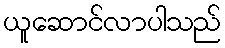
ယူဆောင်လာပါသည်